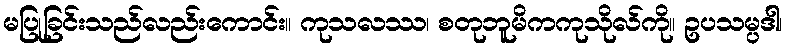
မပြုခြင်းသည်လည်းကောင်း။ ကုသလဿ၊ စတုဘူမိကကုသိုလ်ကို။ ဥပသမ္ပဒါ၊